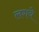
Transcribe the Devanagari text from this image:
लगये